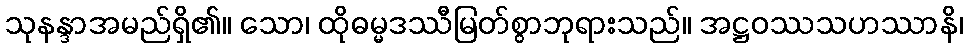
သုနန္ဒာအမည်ရှိ၏။ သော၊ ထိုဓမ္မဒဿီမြတ်စွာဘုရားသည်။ အဋ္ဌဝဿသဟဿာနိ၊